Lyperosia minuta, Bezzi - Number 59
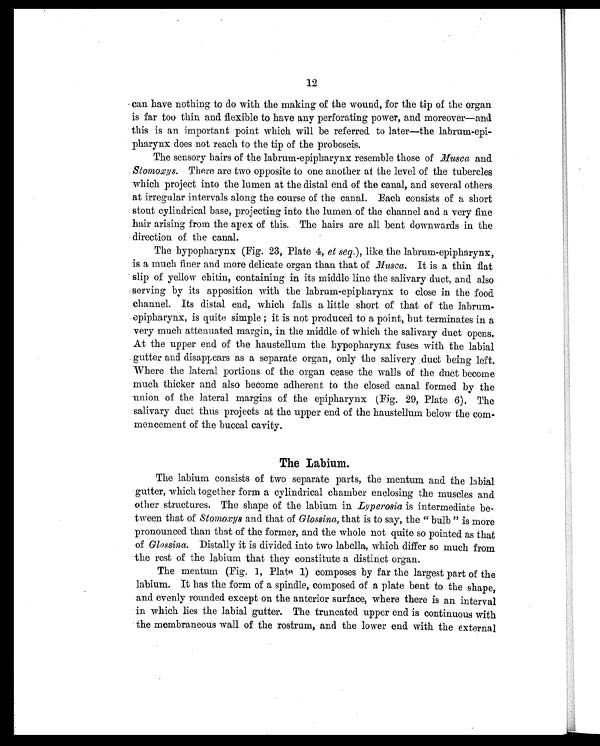
12
can have nothing to do with the making of the wound, for the tip of the organ
is far too thin and flexible to have any perforating power, and moreover—and
this is an important point which will be referred to later—the labrum-epi-
pharynx does not reach to the tip of the proboscis.
The sensory hairs of the labrum-epipharynx resemble those of Musca and
Stomoxys. There are two opposite to one another at the level of the tubercles
which project into the lumen at the distal end of the canal, and several others
at irregular intervals along the course of the canal. Each consists of a short
stout cylindrical base, projecting into the lumen of the channel and a very fine
hair arising from the apex of this. The hairs are all bent downwards in the
direction of the canal.
The hypopharynx (Fig. 23, Plate 4, et seq. ), like the labrum-epipharynx,
is a much finer and more delicate organ than that of Musca. It is a thin flat
slip of yellow chitin, containing in its middle line the salivary duct, and also
serving by its apposition with the labrum-epipharynx to close in the food
channel. Its distal end, which falls a little short of that of the labrum-
epipharynx, is quite simple ; it is not produced to a point, but terminates in a
very much attenuated margin, in the middle of which the salivary duct opens.
At the upper end of the haustellum the hypopharynx fuses with the labial
gutter and disappears as a separate organ, only the salivary duct being left.
Where the lateral portions of the organ cease the walls of the duct become
much thicker and also become adherent to the closed canal formed by the
union of the lateral margins of the epipharynx (Fig. 29, Plate 6). The
salivary duct thus projects at the upper end of the haustellum below the com-
mencement of the buccal cavity.
The Labium.
The labium consists of two separate parts, the mentum and the labial
gutter, which together form a cylindrical chamber enclosing the muscles and
other structures. The shape of the labium in Lyperosia is intermediate be-
tween that of Stomoxys and that of Glossina, that is to say, the " bulb " is more
pronounced than that of the former, and the whole not quite so pointed as that
of Glossina. Distally it is divided into two labella, which differ so much from
the rest of the labium that they constitute a distinct organ.
The mentum (Fig. 1, Plate 1) composes by far the largest part of the
labium. It has the form of a spindle, composed of a plate bent to the shape,
and evenly rounded except on the anterior surface, where there is an interval
in which lies the labial gutter. The truncated upper end is continuous with
the membraneous wall of the rostrum, and the lower end with the external